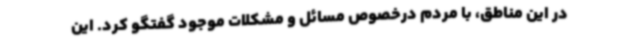
در این مناطق، با مردم درخصوص مسائل و مشکلات موجود گفتگو کرد. این